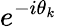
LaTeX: e^{-i\theta_{k}}